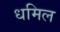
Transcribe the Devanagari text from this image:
धमिल